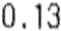
0.13